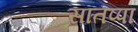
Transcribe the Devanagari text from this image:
सातप्पा